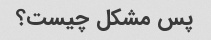
پس مشکل چیست؟